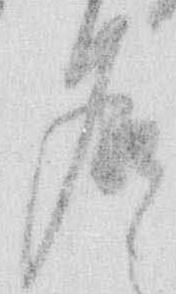
名